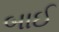
બાઈ